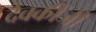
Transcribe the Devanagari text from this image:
देवकीजी